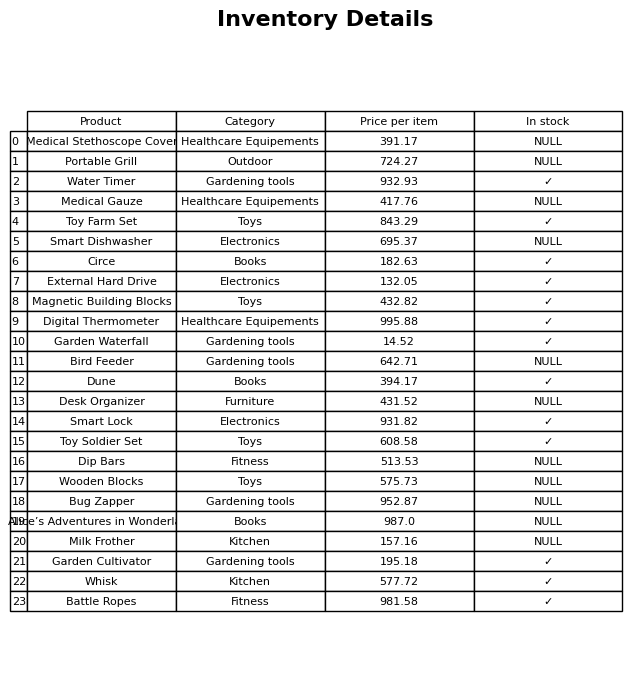
question: What is the price of the Digital Thermometer?
answer: The price of Digital Thermometer is 995.88.